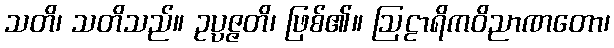
သတိ၊ သတိသည်။ ဥပ္ပဇ္ဇတိ၊ ဖြစ်၏။ ဩဠာရိကဝိညာဏတော၊